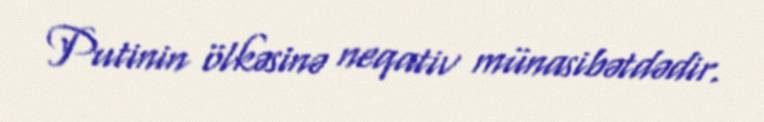
Putinin ölkəsinə neqativ münasibətdədir.